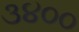
૩૪૦૦